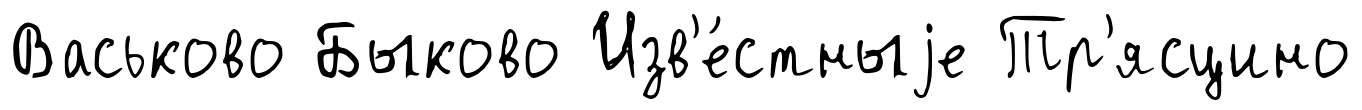
Васьково Быково Изв'е́стныjе Тр'ясцино